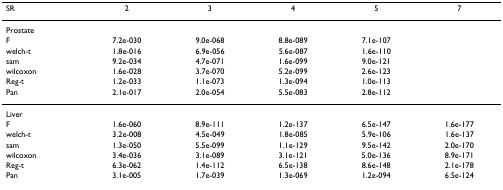
<table><thead><tr><td><b>SR</b></td><td><b>2</b></td><td><b>3</b></td><td><b>4</b></td><td><b>5</b></td><td><b>7</b></td></tr></thead><tbody><tr><td>Prostate</td><td></td><td></td><td></td><td></td><td></td></tr><tr><td>F</td><td>7.2e-030</td><td>9.0e-068</td><td>8.8e-089</td><td>7.1e-107</td><td></td></tr><tr><td>welch-t</td><td>1.8e-016</td><td>6.9e-056</td><td>5.6e-087</td><td>1.6e-110</td><td></td></tr><tr><td>sam</td><td>9.2e-034</td><td>4.7e-071</td><td>1.6e-099</td><td>9.0e-121</td><td></td></tr><tr><td>wilcoxon</td><td>1.6e-028</td><td>3.7e-070</td><td>5.2e-099</td><td>2.6e-123</td><td></td></tr><tr><td>Reg-t</td><td>1.2e-033</td><td>1.1e-073</td><td>1.3e-094</td><td>1.0e-113</td><td></td></tr><tr><td>Pan</td><td>2.1e-017</td><td>2.0e-054</td><td>5.5e-083</td><td>2.8e-112</td><td></td></tr><tr><td>Liver</td><td></td><td></td><td></td><td></td><td></td></tr><tr><td>F</td><td>1.6e-060</td><td>8.9e-111</td><td>1.2e-137</td><td>6.5e-147</td><td>1.6e-177</td></tr><tr><td>welch-t</td><td>3.2e-008</td><td>4.5e-049</td><td>1.8e-085</td><td>5.9e-106</td><td>1.6e-137</td></tr><tr><td>sam</td><td>1.3e-050</td><td>5.5e-099</td><td>1.1e-129</td><td>9.5e-142</td><td>2.0e-170</td></tr><tr><td>wilcoxon</td><td>3.4e-036</td><td>3.1e-089</td><td>3.1e-121</td><td>5.0e-136</td><td>8.9e-171</td></tr><tr><td>Reg-t</td><td>6.3e-062</td><td>1.4e-112</td><td>6.5e-138</td><td>8.6e-148</td><td>2.1e-178</td></tr><tr><td>Pan</td><td>3.1e-005</td><td>1.7e-039</td><td>1.3e-069</td><td>1.2e-094</td><td>6.5e-124</td></tr></tbody></table>